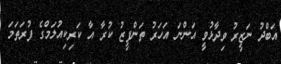
އަބްދު ނަޒީރު ވިދާޅުވީ އަންނަ އަހަރު ތަންފީޒު ކުރާ އާ ކަރިކިއުލަމްގެ ފުރަތަމަ